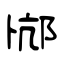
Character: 邟